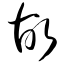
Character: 故